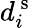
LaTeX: d_{i}^{\mathrm{~s~}}